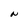
Character: N